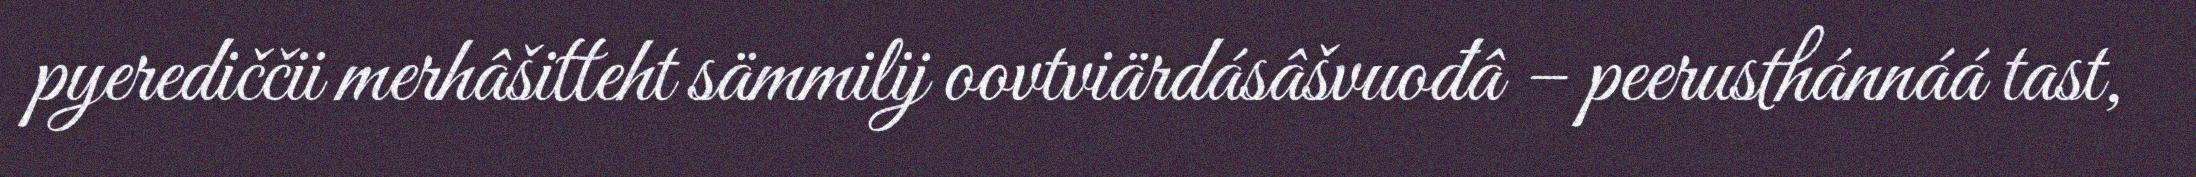
pyerediččii merhâšitteht sämmilij oovtviärdásâšvuođâ – peerusthánnáá tast,